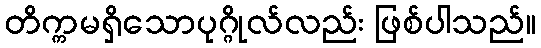
တိက္ကမရှိသောပုဂ္ဂိုလ်လည်း ဖြစ်ပါသည်။